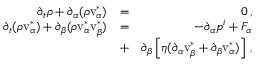
\begin{array} { r l r } { \partial _ { t } \rho + \partial _ { \alpha } ( \rho \mathrm { v } _ { \alpha } ^ { * } ) } & { = } & { 0 \, , } \\ { \partial _ { t } ( \rho \mathrm { v } _ { \alpha } ^ { * } ) + \partial _ { \beta } ( \rho \mathrm { v } _ { \alpha } ^ { * } \mathrm { v } _ { \beta } ^ { * } ) } & { = } & { - \partial _ { \alpha } p ^ { i } + F _ { \alpha } } \\ & { + } & { \partial _ { \beta } \left[ \eta ( \partial _ { \alpha } \mathrm { v } _ { \beta } ^ { * } + \partial _ { \beta } \mathrm { v } _ { \alpha } ^ { * } ) \right] \, , } \end{array}